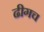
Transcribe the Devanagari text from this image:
ढीगच